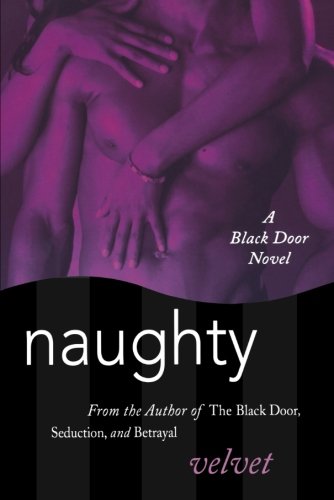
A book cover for Naughty: A Black Door Novel (Black Door Series); Velvet; Romance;